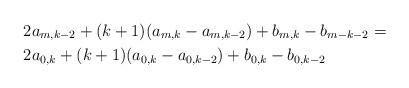
LaTeX: \begin{align*}&2a_{m,k-2} +(k+1)(a_{m,k}-a_{m,k-2}) +b_{m,k}-b_{m-k-2} = \\&2a_{0,k} +(k+1)(a_{0,k}-a_{0,k-2}) + b_{0,k}-b_{0,k-2}\end{align*}